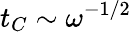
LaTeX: t_{C}\sim\omega^{-1/2}